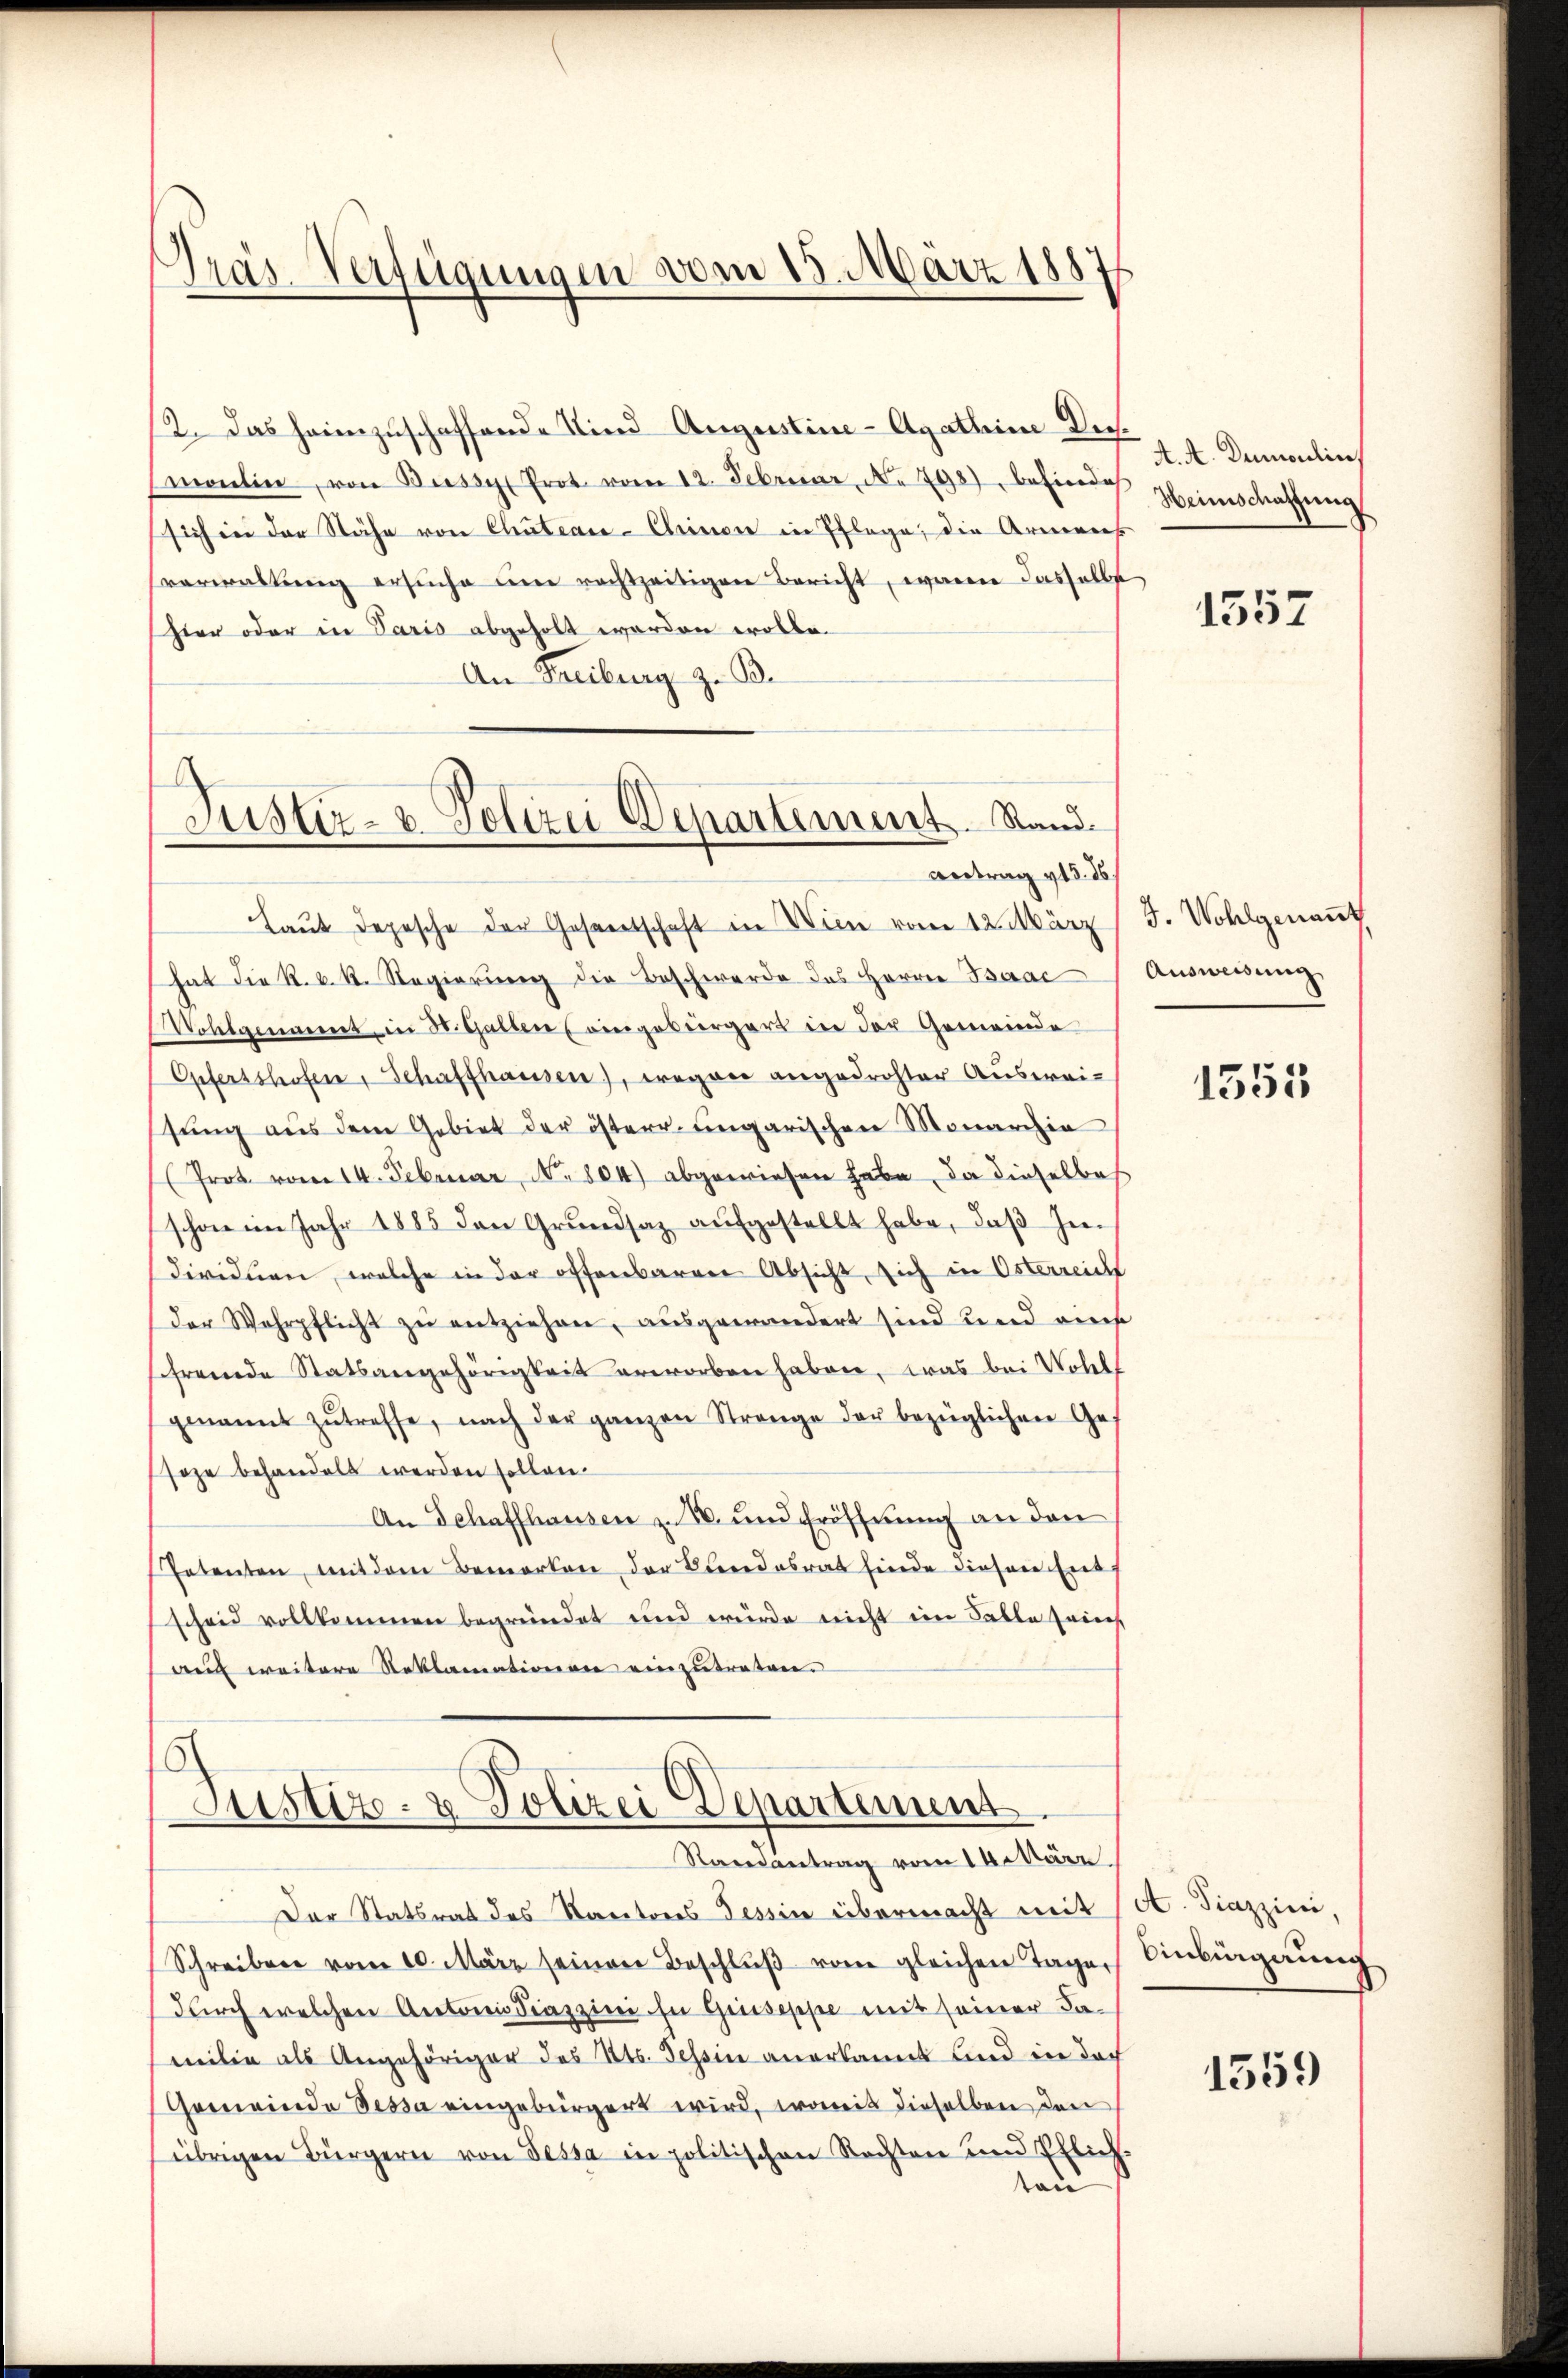
Präs. Verfügungen vom 15. März 1887

12. Das heimzuschaffende Kind Augustine-Agathine Dich.
molin, von Busse Prot. vom 12. Februar, No 798 befindeh
sich in der Nähe von Chateace-Cheinen in Pflege, die Armens
verwaltŭng ersŭche in rechtzeitigen Bericht, waren dasselbst
hier oder in Paris abgeholt worden wolle.
An Freiburg z. B.

Justiz- & Polizei Departement. Sandantrag 415. 16

Es
Justiz- & Polizei Departiment.
Randantrag vom 14. März.

Laut depesche der Gesandtschaft in Wien vom 12. März
hat die R. v. R. Regierung die Beschwerde des Herren Barac
Wohlgenannt, in St. Gallen (eingebürgert in der Gemeinde
Opfersshofen, Schaffhausen), ergane angedrohter Auswei-
sŭng aus dem Gebiet der österr. ungarischen Monarchia
(frot vom 14. Februar, N. 804) abgewiesen habe, da dieselbes
schon im Jahr 1885 den Grŭndsaz aŭfgestellt habe, daβ In-
dividuen, welche in der offenbarere Absicht, sich in Osterreich
Der Wehrpflicht zu entziehen, ausgewändert sind und eine
fremde Statsangehörigkeit erworben haben, was bei Wohll
genannt zŭtreffe, nach der ganzen Strenge der bezüglichen Ge-
soze behandelt werden sollen.
An Schaffhausen z. B. und Eröffnung an den
Petenten, mit dem Bemerken der Bundesrat finde diesen Entf
scheid vollkommen begründet und würde nicht im Falle Zeich
au weitere Reklamationen einzutreten.

Der Statsrat des Kantons Tessin übermacht mit A. Fiazzini,
Schreiben vom 10. März seinen Beschlŭβ vom gleichen Tage
durch welchen Antonio diazzini in Gruseppe mit seiner Fa-
milie als Angehöriger des Kts. Tessin anerkannt und ein doch
Gemeinde Dessa eingebürgert wird, womit dieselben den
übrigen Bürgern von Dessa in politischen Rechten und Pflich-
ton

A. A. Dumoulin
Heimschaftung

1552

J. Wohlgenant
Ausweisung

1353

Anbignung

1559